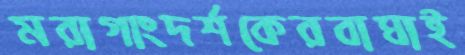
মরাগাংদর্শকেরবাঘাই